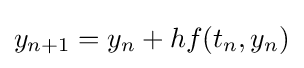
y_{n+1}=y_{n}+hf(t_{n},y_{n})